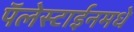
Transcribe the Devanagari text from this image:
पॅलेस्टाईनमधे